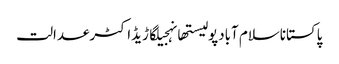
پاکستاناسلام آبادپولیستھانہجیلگاڑیڈاکٹرعدالت